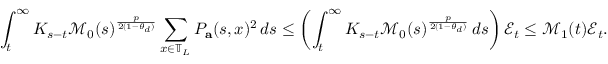
\int _ { t } ^ { \infty } K _ { s - t } \mathcal { M } _ { 0 } ( s ) ^ { \frac { p } { 2 ( 1 - \theta _ { d } ) } } \sum _ { x \in \mathbb { T } _ { L } } P _ { \mathbf { a } } ( s , x ) ^ { 2 } \, d s \leq \left( \int _ { t } ^ { \infty } K _ { s - t } \mathcal { M } _ { 0 } ( s ) ^ { \frac { p } { 2 ( 1 - \theta _ { d } ) } } \, d s \right) \mathcal { E } _ { t } \leq \mathcal { M } _ { 1 } ( t ) \mathcal { E } _ { t } .